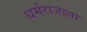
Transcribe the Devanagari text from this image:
धर्मराजाला